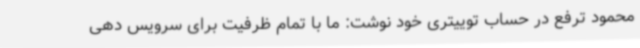
محمود ترفع در حساب توییتری خود نوشت: ما با تمام ظرفیت برای سرویس دهی